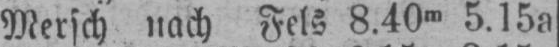
Mersch nach Fels 8.40m 5.15a